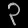
Digit: ၃